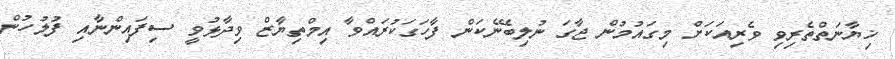
ޚިޔާނަތްތެރިވި ވެރިއަކަށް މިގައުމުން ޖާގަ ނުލިބޭނެކަން ފާހަގަކުރައްވާ އިމްތިޔާޒް ވިދާޅުވީ ސިފައިންނާއި ފުލުހުން